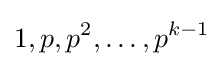
1,p,p^{2},\dots ,p^{k-1}